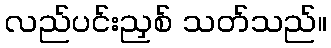
လည်ပင်းညှစ် သတ်သည်။